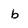
Character: b